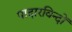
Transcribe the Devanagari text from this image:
पादारविन्दों